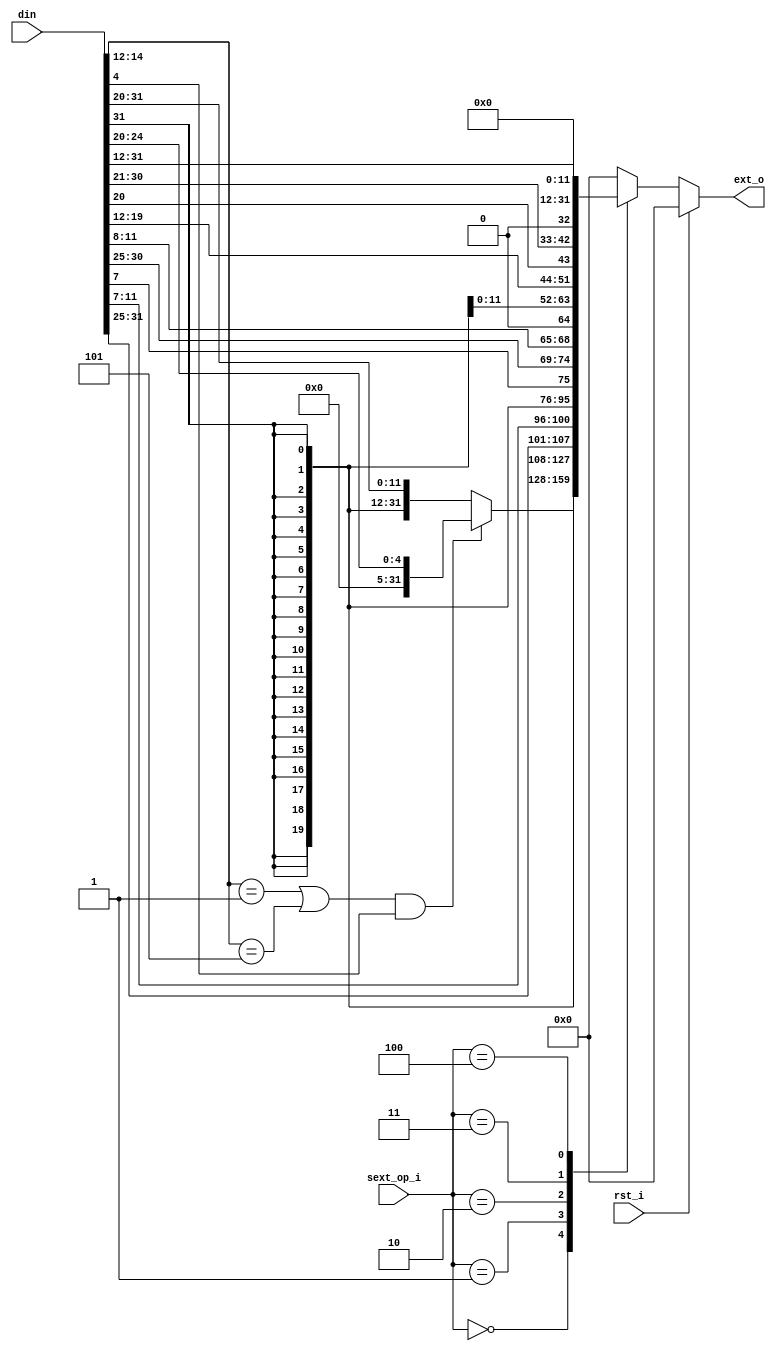
module sext(
    input   wire            rst_i,
    input   wire    [2:0]   sext_op_i,
    input   wire    [31:0]  din,
    output  reg     [31:0]  ext_o
);

always@(*) begin
    if (rst_i) ext_o = 32'b0;
    else begin
        case(sext_op_i)
            3'd0:   begin
                if ((din[14:12] == 3'b001 || din[14:12] == 3'b101) && din[4]) ext_o = {27'b0, din[24:20]};
                else ext_o = {{20{din[31]}}, din[31:20]};
            end
            3'd1:   ext_o = {{20{din[31]}}, din[31:25], din[11:7]};
            3'd2:   ext_o = {{19{din[31]}}, din[31], din[7], din[30:25], din[11:8], 1'b0};   // B:append 0
            3'd3:   ext_o = {{11{din[31]}}, din[31], din[19:12], din[20], din[30:21], 1'b0}; // J:append 0
            3'd4:   ext_o = {din[31:12], 12'b0};
            default:ext_o = 32'b0;
        endcase
    end
end

endmodule